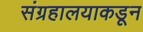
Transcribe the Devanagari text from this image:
संग्रहालयाकडून